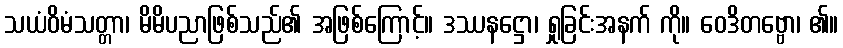
သယံဝိမံသတ္တာ၊ မိမိပညာဖြစ်သည်၏ အဖြစ်ကြောင့်။ ဒဿနဋ္ဌော၊ ရှုခြင်းအနက် ကို။ ဝေဒိတဗ္ဗော၊ ၏။